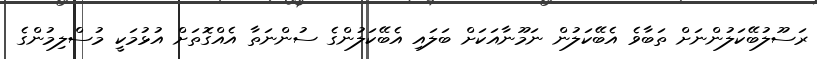
ރަސޫލުބޭކަލުންނަށް ތަބާވެ އެބޭކަލުން ނަމޫނާއަކަށް ބަލައި އެބޭކަލުންގެ ސުންނަތާ އެއްގޮތަށް އުޅުމަކީ މުސްލިމުންގެ